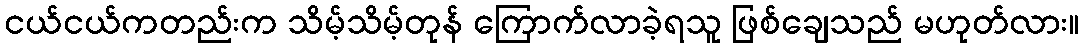
ငယ်ငယ်ကတည်းက သိမ့်သိမ့်တုန် ကြောက်လာခဲ့ရသူ ဖြစ်ချေသည် မဟုတ်လား။